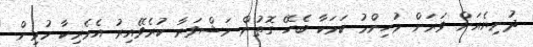
ދުނިޔެއަށް ވަރަށް މުހިންމު ކަމަކާ ބެހޭ ގޮތުން މަޝްވަރާ ކުރެވޭއިރު އެމެރިކާ މުޅިން